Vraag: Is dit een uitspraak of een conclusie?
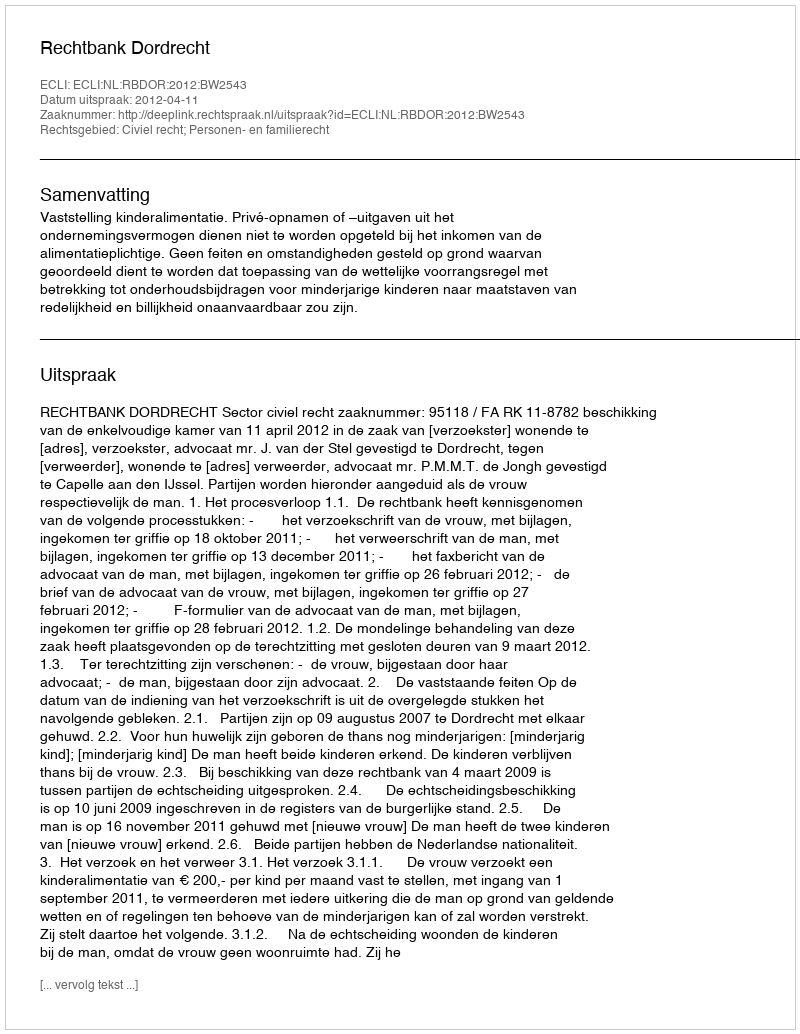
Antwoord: Uitspraak